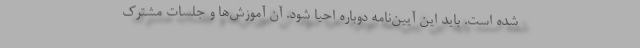
شده است. باید این آیین‌نامه دوباره احیا شود. آن آموزش‌ها و جلسات مشترک